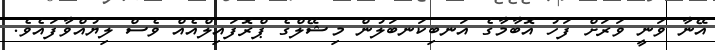
އޭނާ ވަނީ ވަރަށް ފަހު އޮބާމާގެ އަނބިކަނބަލުން މިޝޭލްގެ ޕްރޮފައިލްއެއް ވެސް ލިޔުއްވާފައެވެ.